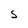
Character: S